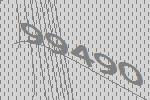
99490